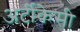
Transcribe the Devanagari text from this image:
अर्टीकेसी